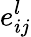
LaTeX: e_{ij}^{l}